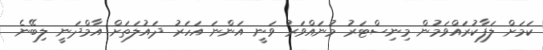
ކަމަށް ލަފާކުރައްވަމުން މިނިސްޓަރު މުނައްވަރު ވަނީ އަންނަ އަހަރު ދައުލަތަށް އާމްދަނީ ލިބޭނެ